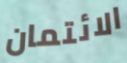
الائتمان